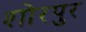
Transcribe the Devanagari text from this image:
शोरपुर